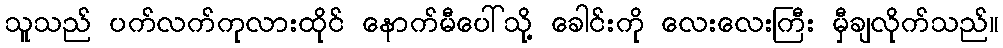
သူသည် ပက်လက်ကုလားထိုင် နောက်မီပေါ်သို့ ခေါင်းကို လေးလေးကြီး မှီချလိုက်သည်။